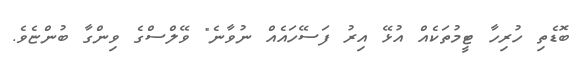
ބޮޑެތި ހުރިހާ ޓީމުތަކެއް އުޅޭ އިރު ފަސޭހައެއް ނުވާނެ" ވޭލްސްގެ ވިންގާ ބުންޏެވެ.